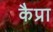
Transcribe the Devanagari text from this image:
कैप्रा